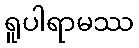
ရူပါရာမဿ